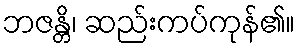
ဘဇန္တိ၊ ဆည်းကပ်ကုန်၏။